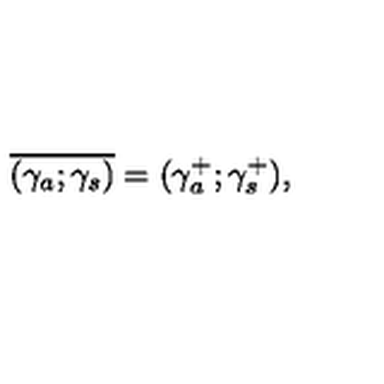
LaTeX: \overline { { ( \gamma _ { a } ; \gamma _ { s } ) } } = ( \gamma _ { a } ^ { + } ; \gamma _ { s } ^ { + } ) ,